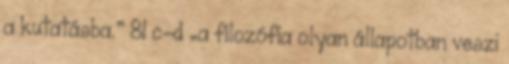
a kutatásba.” 81 c-d „a filozófia olyan állapotban veszi